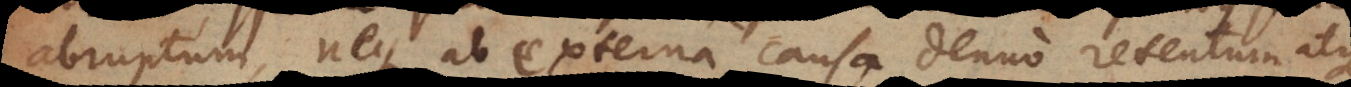
abruptum, neque ab externa causa denuo retentum atque